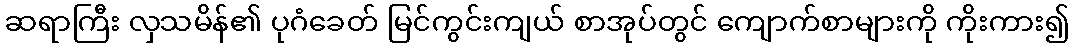
ဆရာကြီး လှသမိန်၏ ပုဂံခေတ် မြင်ကွင်းကျယ် စာအုပ်တွင် ကျောက်စာများကို ကိုးကား၍